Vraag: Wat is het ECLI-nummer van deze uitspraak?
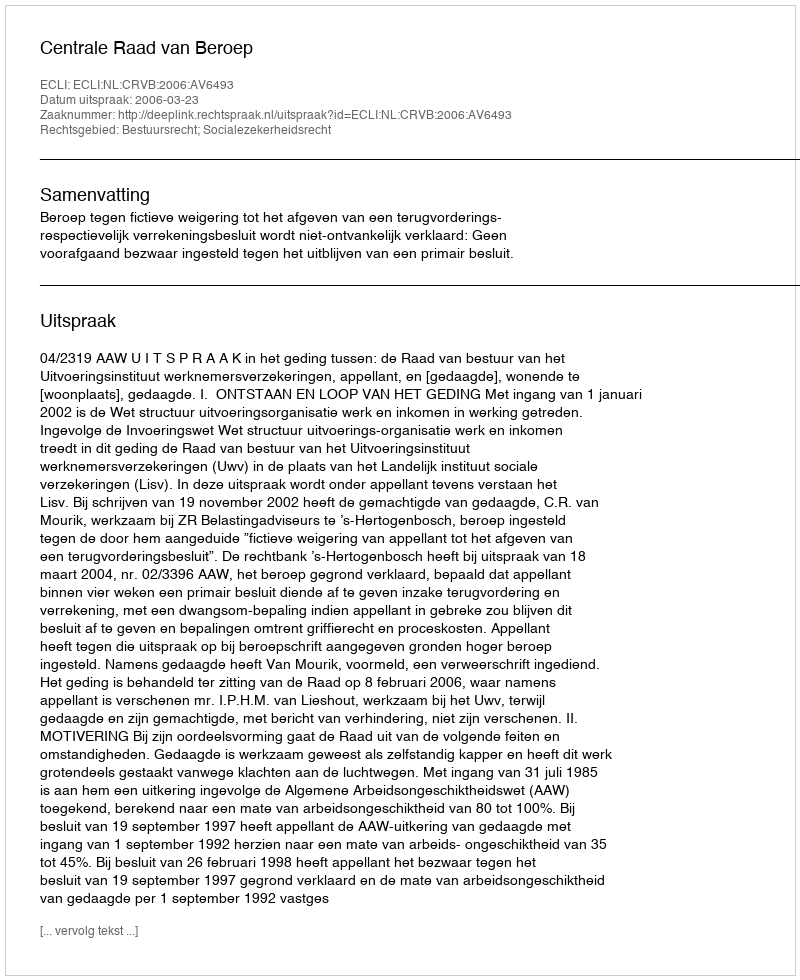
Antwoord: ECLI:NL:CRVB:2006:AV6493